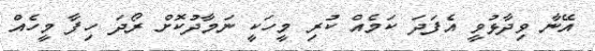
އޭނާ ވިދާޅުވީ އެފަދަ ކަމެއް ކުރި މީހަކީ ނަމާދުކޮށް ރޯދަ ހިފާ މީހެއް